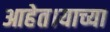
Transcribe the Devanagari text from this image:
आहेत।याच्या